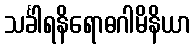
သင်္ခါရနိရောဓဂါမိနိယာ